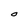
Character: O